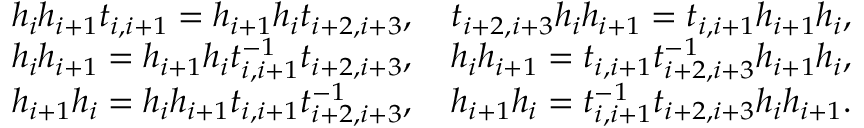
\begin{array} { r l } & { h _ { i } h _ { i + 1 } t _ { i , i + 1 } = h _ { i + 1 } h _ { i } t _ { i + 2 , i + 3 } , \quad t _ { i + 2 , i + 3 } h _ { i } h _ { i + 1 } = t _ { i , i + 1 } h _ { i + 1 } h _ { i } , } \\ & { h _ { i } h _ { i + 1 } = h _ { i + 1 } h _ { i } t _ { i , i + 1 } ^ { - 1 } t _ { i + 2 , i + 3 } , \quad h _ { i } h _ { i + 1 } = t _ { i , i + 1 } t _ { i + 2 , i + 3 } ^ { - 1 } h _ { i + 1 } h _ { i } , } \\ & { h _ { i + 1 } h _ { i } = h _ { i } h _ { i + 1 } t _ { i , i + 1 } t _ { i + 2 , i + 3 } ^ { - 1 } , \quad h _ { i + 1 } h _ { i } = t _ { i , i + 1 } ^ { - 1 } t _ { i + 2 , i + 3 } h _ { i } h _ { i + 1 } . } \end{array}